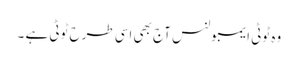
وہ ٹوٹی ایمبولنس آج بھی اسی طرح ٹوٹی ہے ۔